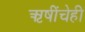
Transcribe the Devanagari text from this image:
ऋषींचेही